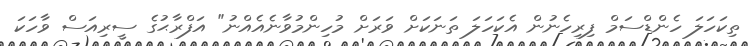
ތިކަހަލަ ހެންޑްސަމް ފިރިހެނުން އެކަހަލަ ތަނަކަށް ވަރަށް މުހިންމުވާނެއެއްނު" އަފްރާޙުގެ ސީރިއަސް ވާހަކަ